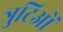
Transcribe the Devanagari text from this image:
त्रुटिओं